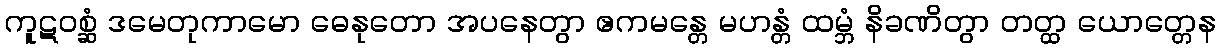
ကူဋဝစ္ဆံ ဒမေတုကာမော ဓေနုတော အပနေတွာ ဧကမန္တေ မဟန္တံ ထမ္ဘံ နိခဏိတွာ တတ္ထ ယောတ္တေန